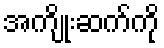
အကျိုးဆက်ကို